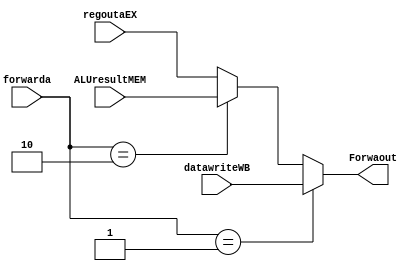
`timescale 1ns / 1ps
//////////////////////////////////////////////////////////////////////////////////
// Company: 
// Engineer: 
// 
// Design Name: 
// Module Name:    muxForw 
// Project Name: 
// Target Devices: 
// Tool versions: 
// Description: 
//
// Dependencies: 
//
// Revision: 
// Revision 0.01 - File Created
// Additional Comments: 
//
//////////////////////////////////////////////////////////////////////////////////
module muxForw(regoutaEX,datawriteWB,ALUresultMEM,forwarda,Forwaout);
input [31:0] regoutaEX;
input [31:0] datawriteWB;
input [31:0] ALUresultMEM;
input [1:0] forwarda;
output reg [31:0] Forwaout;
always @(*) begin
if (forwarda==2'b01) 
begin
Forwaout<=datawriteWB;
end
else if (forwarda==2'b10)
begin
Forwaout<=ALUresultMEM;
end
else 
begin
Forwaout<=regoutaEX;
end
end
endmodule